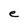
Character: e